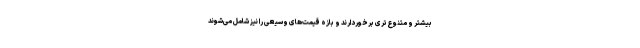
بیشتر و متنوع‌تری برخوردارند و بازه قیمت‌های وسیعی را نیز شامل می‌شوند